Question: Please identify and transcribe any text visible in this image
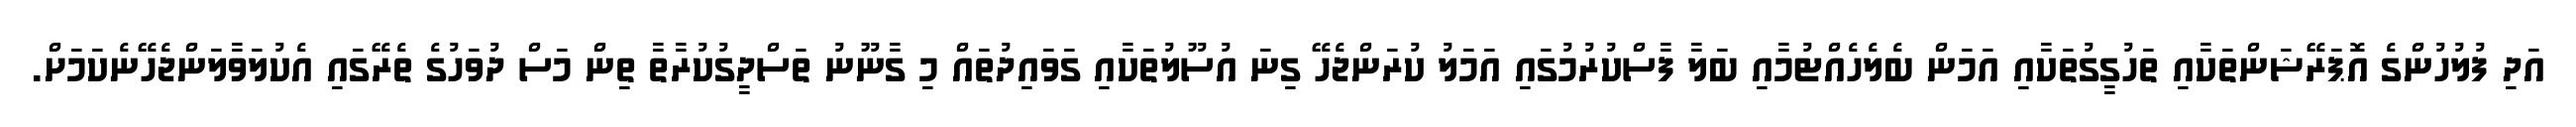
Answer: އަދި ފުލުހުންގެ އޮޕަރޭޝަންތަކާއި ތަހުގީގުތަކާއި އަމަން ބެލެހެއްޓުމާއި ބަލާ ފާސްކުރުމުގައި އަމަލު ކުރަންޖެހޭ ގިނަ އުސޫލުތަކާއި ގަވައިދުތައް މި ގާނޫނު ތަސްދީގުކުރާތާ ތިން މަސް ދުވަހުގެ ތެރޭގައި އެކުލަވާލަންޖެހޭނެކަމަށް.